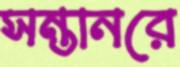
সন্তানরে